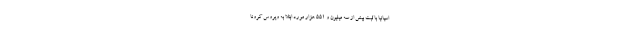
اسپانیا با ثبت بیش از سه میلیون و ۵۵۱ هزار مورد ابتلا به ویروس کرونا